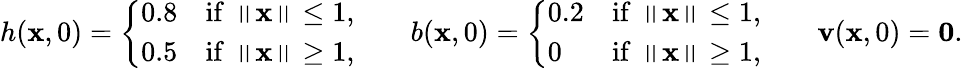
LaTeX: h(\mathbf{x},0)=\left\lbrace\begin{array}{lr}{0.8}&{\mathrm{if}\, \left\| \mathbf{x}\right\| \leq 1,}\\ {0.5}&{\mathrm{if}\, \left\| \mathbf{x}\right\| \ge 1,}\end{array}\right.\qquad b(\mathbf{x},0)=\left\lbrace\begin{array}{lr}{0.2}&{\mathrm{if}\, \left\| \mathbf{x}\right\| \leq 1,}\\ {0}&{\mathrm{if}\, \left\| \mathbf{x}\right\| \ge 1,}\end{array}\right.\qquad\mathbf{v}(\mathbf{x},0)=\mathbf{0}.